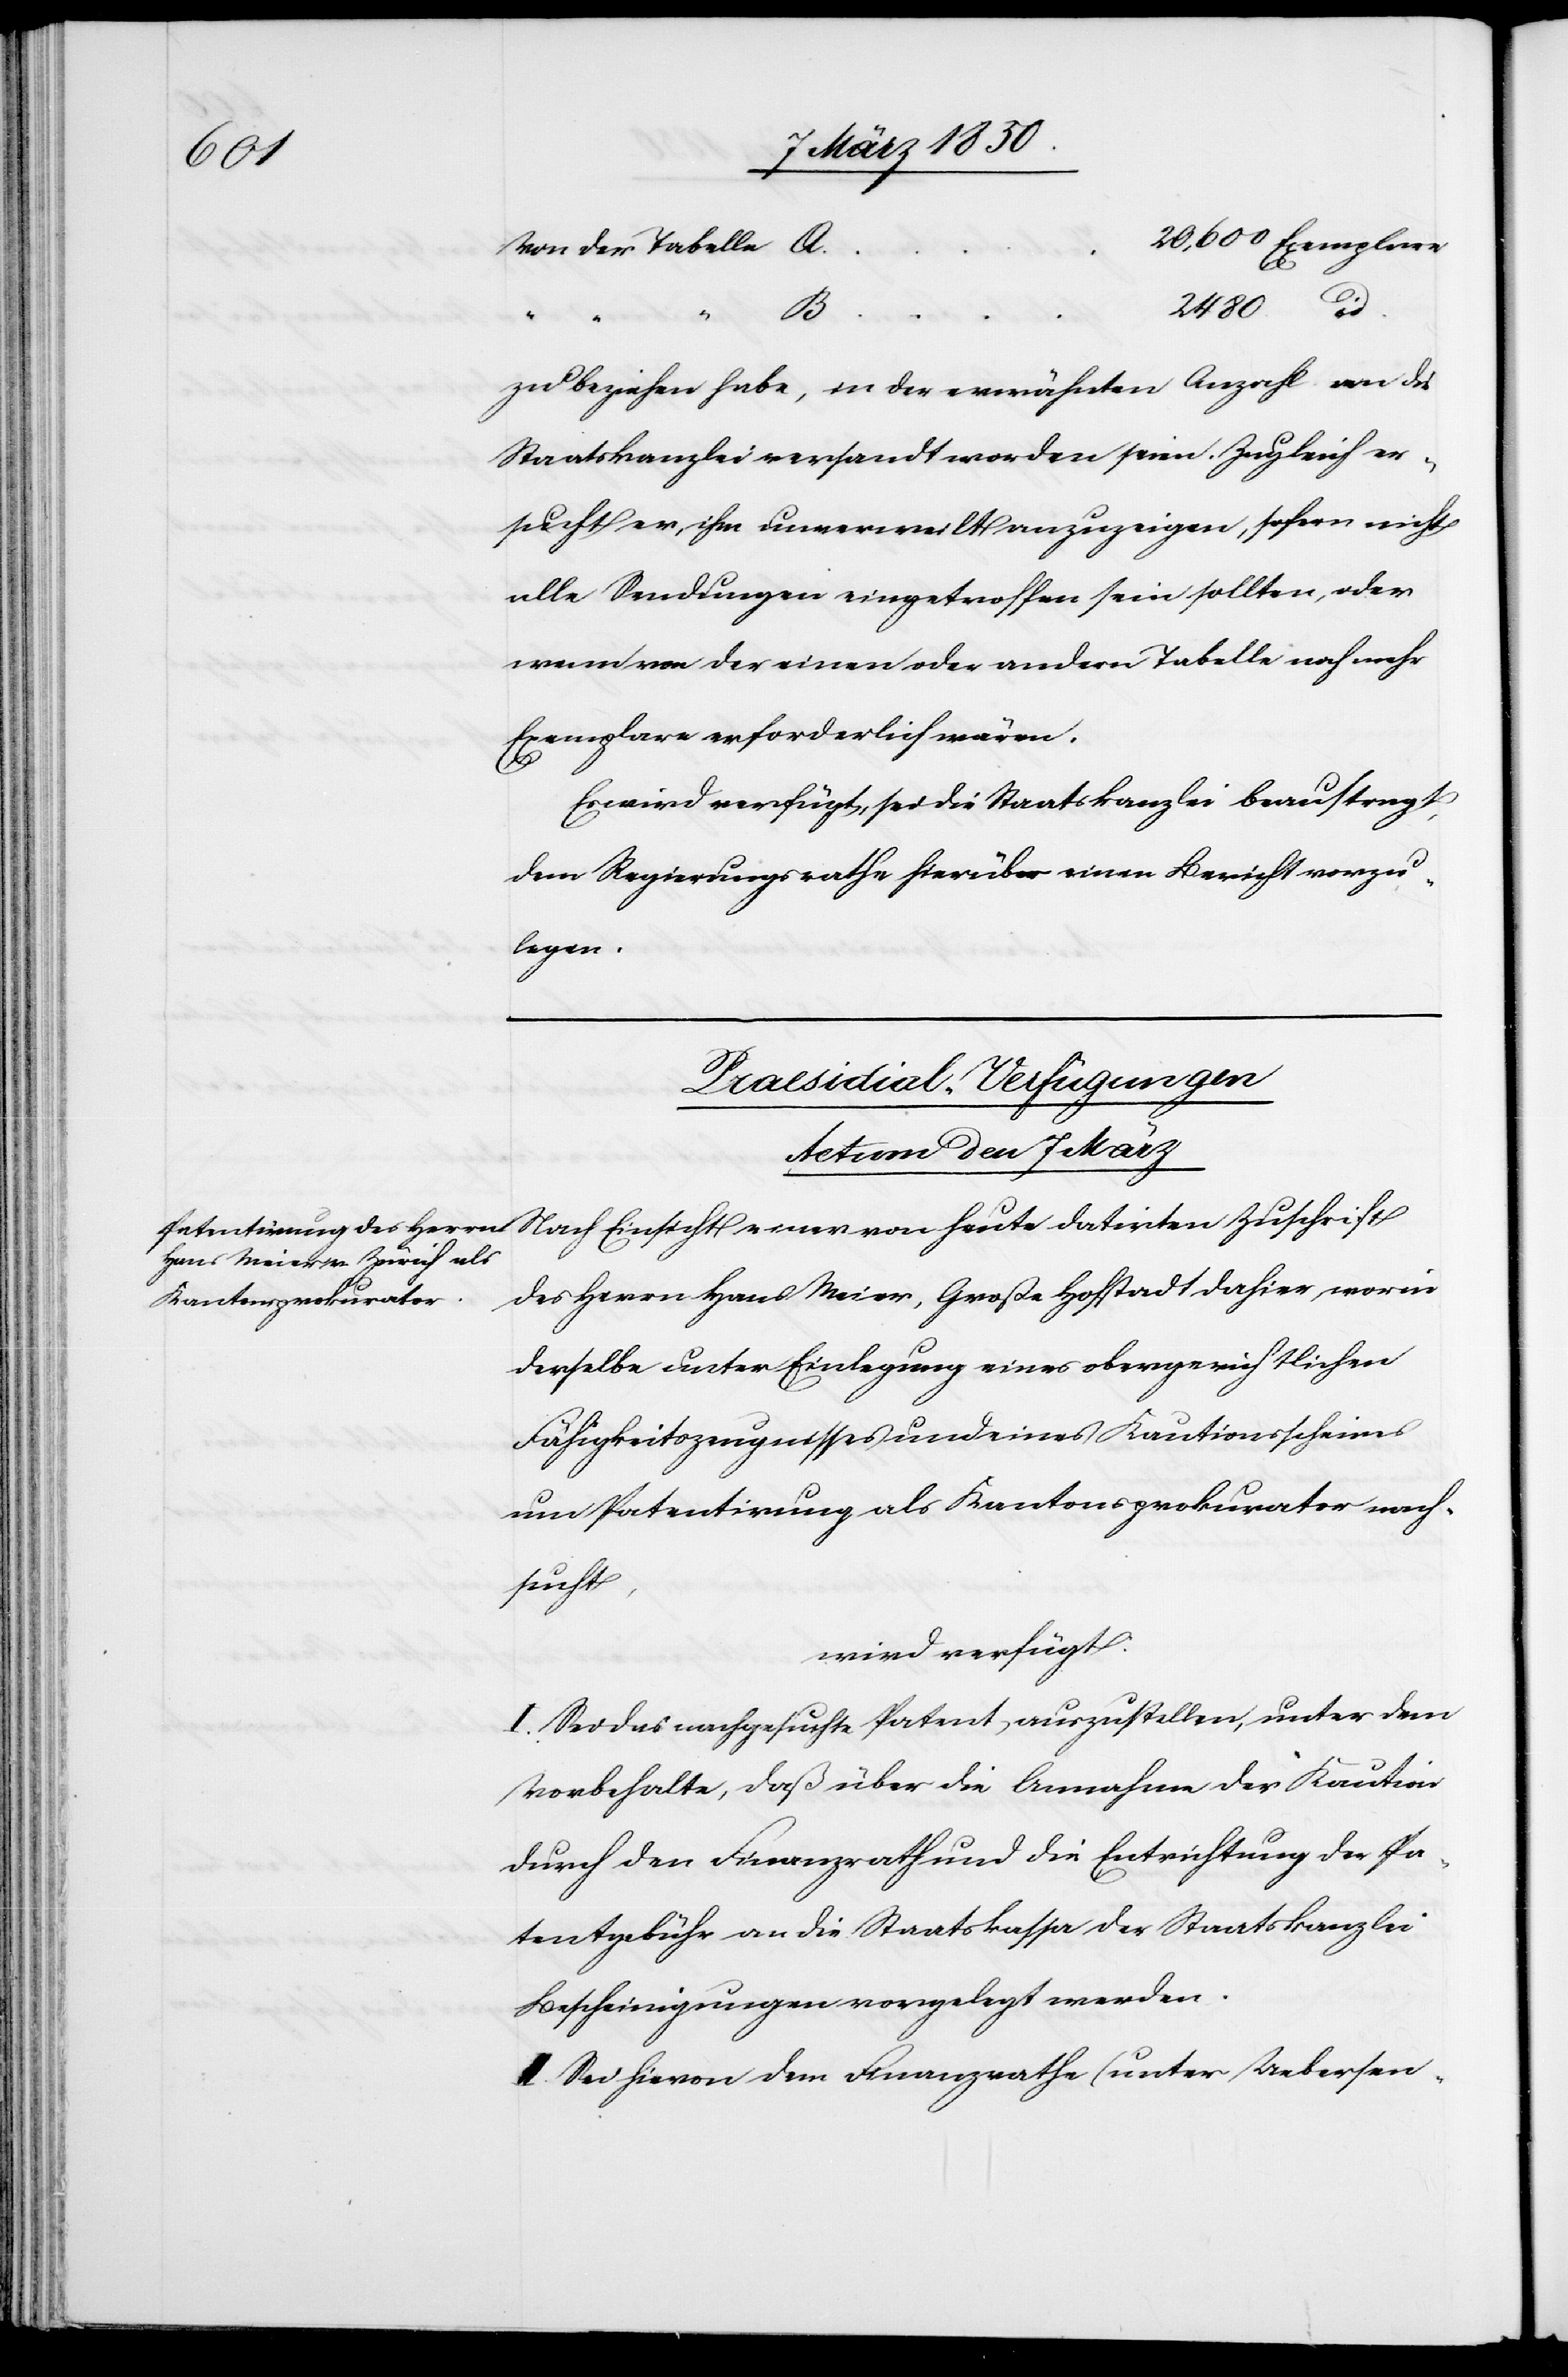
heute
Von der Tabelle
2480
id.
zu beziehen habe, in der erwähnten Anzahl an die
Staatskanzlei versandt worden seien. Zugleich er¬
sucht er, ihm unverweilt anzuzeigen, sofern nicht
alle Sendungen eingetroffen sein sollten, oder
wenn von der einen oder andern Tabelle noch mehr
Exemplare erforderlich wären.
Es wird verfügt, sei die Staatskanzlei beauftragt,
dem Regierungsrathe hierüber einen Bericht vorzu¬
legen.
Præsidial-Verfügungen
Actum den 7 März
des Herrn Hans Meier, Große Hofstadt dahier, worin
derselbe unter Einlegung eines obergerichtlichen
Fähigkeitszeugnisses und eines Kautionsscheines
um Patentirung als Kantonsprokurator nach¬
sucht,
wird verfügt:
I. Sei das nachgesuchte Patent auszustellen, unter dem
Vorbehalte, daß über die Annahme der Kaution
durch den Finanzrath und die Entrichtung der Pa¬
tentgebühr an die Staatskassa der Staatskanzlei
Bescheinigungen vorgelegt werden.
II Sei hievon dem Finanzrathe (unter Uebersen-